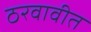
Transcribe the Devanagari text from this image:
ठरवावीत